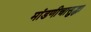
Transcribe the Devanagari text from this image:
मांडणीचासुद्धा